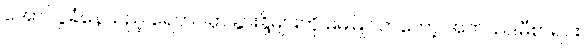
အောင်ပွဲခံနေသည့် ရေဘဝဲမှာ နွားနို့များကို မမမြိုင်ကတော့ အကယ်ဒမီစာရင်း